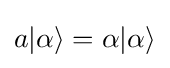
a|\alpha \rangle =\alpha |\alpha \rangle